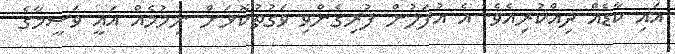
އައި ކާޑެއް ދިއްކުރިއެވެ. އެ އުފަލުން ފުރިގެންވި ވަގުތުކޮޅަށް ނިމުމެއް އައީ ވަސީމާގެ